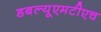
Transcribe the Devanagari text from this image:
डबल्यूएमटीएच